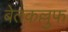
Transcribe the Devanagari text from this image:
बेतकल्लुफ